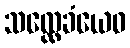
သလ္လေခံယေဝ